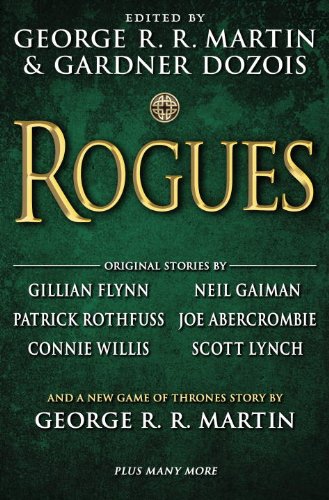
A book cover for Rogues; Science Fiction & Fantasy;